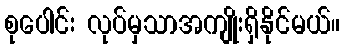
စုပေါင်း လုပ်မှသာအကျိုးရှိနိုင်မယ်။